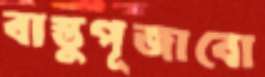
বাস্তুপূজাবো